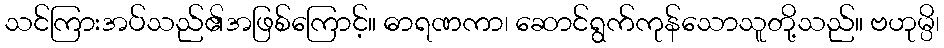
သင်ကြားအပ်သည်၏အဖြစ်ကြောင့်။ ဓာရဏကာ၊ ဆောင်ရွက်ကုန်သောသူတို့သည်။ ဗဟုမ္ပိ၊